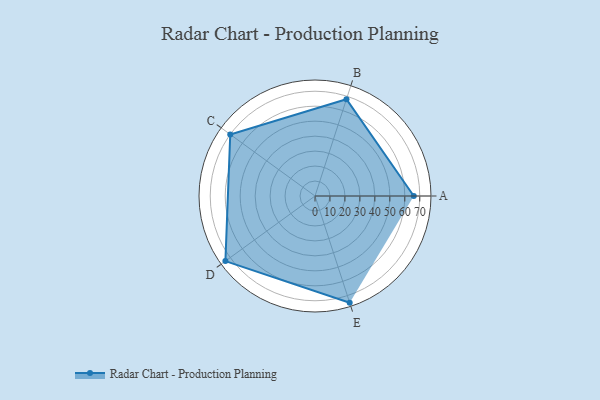
{"axis": {"x": "Skill", "y": "Score"}, "legend": ["Profile"], "data": [{"x": "A", "y": 66.0, "type": "Profile"}, {"x": "B", "y": 68.0, "type": "Profile"}, {"x": "C", "y": 70.0, "type": "Profile"}, {"x": "D", "y": 74.0, "type": "Profile"}, {"x": "E", "y": 75.0, "type": "Profile"}]}